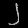
Digit: ၂